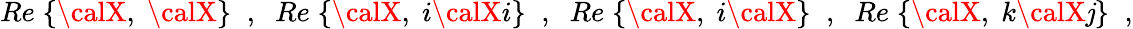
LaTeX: Re\; \{ {\calX},\; {\calX}\} \; \; ,\; \; Re\; \{ {\calX},\; i{\calX}i\} \; \; ,\; \; Re\; \{ {\calX},\; i{\calX}\} \; \; ,\; \; Re\; \{ {\calX},\; k{\calX}\mathit{j}\} \; \; ,